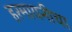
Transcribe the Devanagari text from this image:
हरमायनीचा